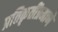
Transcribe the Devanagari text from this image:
प्रतिकृतींप्रमाणे